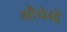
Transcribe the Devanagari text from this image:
सौवेस्ट्रे